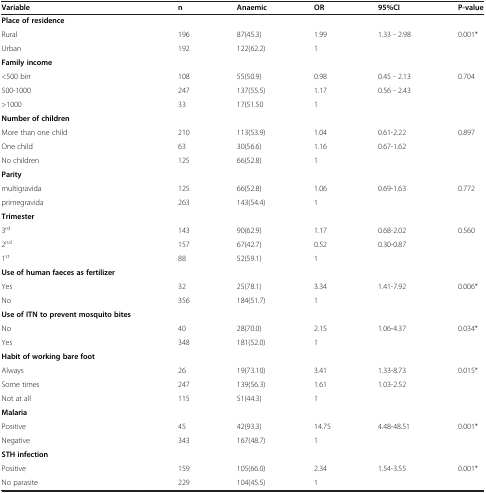
<table><thead><tr><td><b>Variable</b></td><td><b>n</b></td><td><b>Anaemic</b></td><td><b>OR</b></td><td><b>95%CI</b></td><td><b>P-value</b></td></tr></thead><tbody><tr><td><b>Place of residence</b></td><td> </td><td> </td><td> </td><td> </td><td> </td></tr><tr><td>Rural</td><td>196</td><td>87(45.3)</td><td>1.99</td><td>1.33 - 2.98</td><td>0.001*</td></tr><tr><td>Urban</td><td>192</td><td>122(62.2)</td><td>1</td><td> </td><td> </td></tr><tr><td><b>Family income</b></td><td> </td><td> </td><td> </td><td> </td><td> </td></tr><tr><td>&lt;500 birr</td><td>108</td><td>55(50.9)</td><td>0.98</td><td>0.45 - 2.13</td><td>0.704</td></tr><tr><td>500-1000</td><td>247</td><td>137(55.5)</td><td>1.17</td><td>0.56 - 2.43</td><td> </td></tr><tr><td>&gt;1000</td><td>33</td><td>17(51.50</td><td>1</td><td> </td><td> </td></tr><tr><td><b>Number of children</b></td><td> </td><td> </td><td> </td><td> </td><td> </td></tr><tr><td>More than one child</td><td>210</td><td>113(53.9)</td><td>1.04</td><td>0.61-2.22</td><td>0.897</td></tr><tr><td>One child</td><td>63</td><td>30(56.6)</td><td>1.16</td><td>0.67-1.62</td><td> </td></tr><tr><td>No children</td><td>125</td><td>66(52.8)</td><td>1</td><td> </td><td> </td></tr><tr><td><b>Parity</b></td><td> </td><td> </td><td> </td><td> </td><td> </td></tr><tr><td>multigravida</td><td>125</td><td>66(52.8)</td><td>1.06</td><td>0.69-1.63</td><td>0.772</td></tr><tr><td>primegravida</td><td>263</td><td>143(54.4)</td><td>1</td><td> </td><td> </td></tr><tr><td><b>Trimester</b></td><td> </td><td> </td><td> </td><td> </td><td> </td></tr><tr><td>3<sup>rd</sup></td><td>143</td><td>90(62.9)</td><td>1.17</td><td>0.68-2.02</td><td>0.560</td></tr><tr><td>2<sup>nd</sup></td><td>157</td><td>67(42.7)</td><td>0.52</td><td>0.30-0.87</td><td> </td></tr><tr><td>1<sup>st</sup></td><td>88</td><td>52(59.1)</td><td>1</td><td> </td><td> </td></tr><tr><td><b>Use of human faeces as fertilizer</b></td><td> </td><td> </td><td> </td><td> </td><td> </td></tr><tr><td>Yes</td><td>32</td><td>25(78.1)</td><td>3.34</td><td>1.41-7.92</td><td>0.006*</td></tr><tr><td>No</td><td>356</td><td>184(51.7)</td><td>1</td><td> </td><td> </td></tr><tr><td><b>Use of ITN to prevent mosquito bites</b></td><td> </td><td> </td><td> </td><td> </td><td> </td></tr><tr><td>No</td><td>40</td><td>28(70.0)</td><td>2.15</td><td>1.06-4.37</td><td>0.034*</td></tr><tr><td>Yes</td><td>348</td><td>181(52.0)</td><td>1</td><td> </td><td> </td></tr><tr><td><b>Habit of working bare foot</b></td><td> </td><td> </td><td> </td><td> </td><td> </td></tr><tr><td>Always</td><td>26</td><td>19(73.10)</td><td>3.41</td><td>1.33-8.73</td><td>0.015*</td></tr><tr><td>Some times</td><td>247</td><td>139(56.3)</td><td>1.61</td><td>1.03-2.52</td><td> </td></tr><tr><td>Not at all</td><td>115</td><td>51(44.3)</td><td>1</td><td> </td><td> </td></tr><tr><td><b>Malaria</b></td><td> </td><td> </td><td> </td><td> </td><td> </td></tr><tr><td>Positive</td><td>45</td><td>42(93.3)</td><td>14.75</td><td>4.48-48.51</td><td>0.001*</td></tr><tr><td>Negative</td><td>343</td><td>167(48.7)</td><td>1</td><td> </td><td> </td></tr><tr><td><b>STH infection</b></td><td> </td><td> </td><td> </td><td> </td><td> </td></tr><tr><td>Positive</td><td>159</td><td>105(66.0)</td><td>2.34</td><td>1.54-3.55</td><td>0.001*</td></tr><tr><td>No parasite</td><td>229</td><td>104(45.5)</td><td>1</td><td> </td><td> </td></tr></tbody></table>